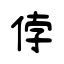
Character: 侼